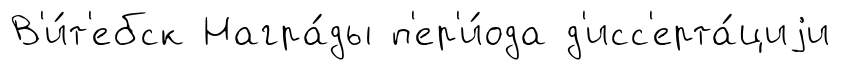
В'и́т'ебск Награ́ды п'ер'и́ода д'исс'ерта́циjи